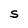
Character: S